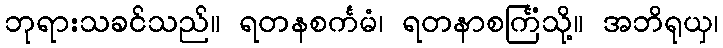
ဘုရားသခင်သည်။ ရတနစင်္ကမံ၊ ရတနာစင်္ကြံသို့။ အဘိရုယှ၊